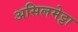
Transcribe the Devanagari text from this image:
असिलमेट्टा